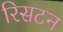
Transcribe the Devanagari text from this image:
रिसटन